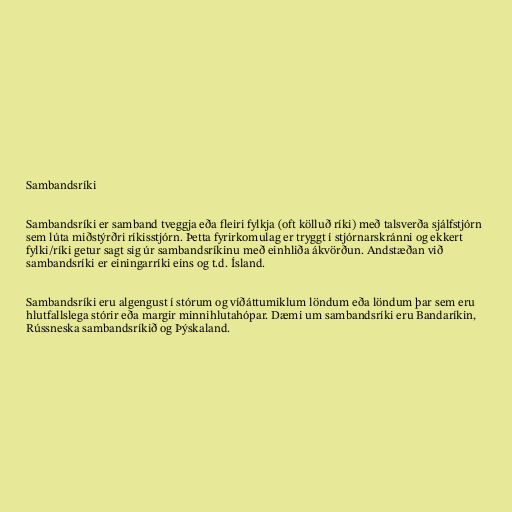
Sambandsríki

Sambandsríki er samband tveggja eða fleiri fylkja (oft kölluð ríki) með talsverða sjálfstjórn
sem lúta miðstýrðri ríkisstjórn. Þetta fyrirkomulag er tryggt í stjórnarskránni og ekkert
fylki/ríki getur sagt sig úr sambandsríkinu með einhliða ákvörðun. Andstæðan við
sambandsríki er einingarríki eins og t.d. Ísland.

Sambandsríki eru algengust í stórum og víðáttumiklum löndum eða löndum þar sem eru
hlutfallslega stórir eða margir minnihlutahópar. Dæmi um sambandsríki eru Bandaríkin,
Rússneska sambandsríkið og Þýskaland.